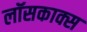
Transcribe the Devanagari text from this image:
लॉसकाक्स